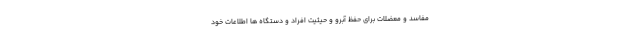
مفاسد و معضلات برای حفظ آبرو و حیثیت افراد و دستگاه ها اطلاعات خود